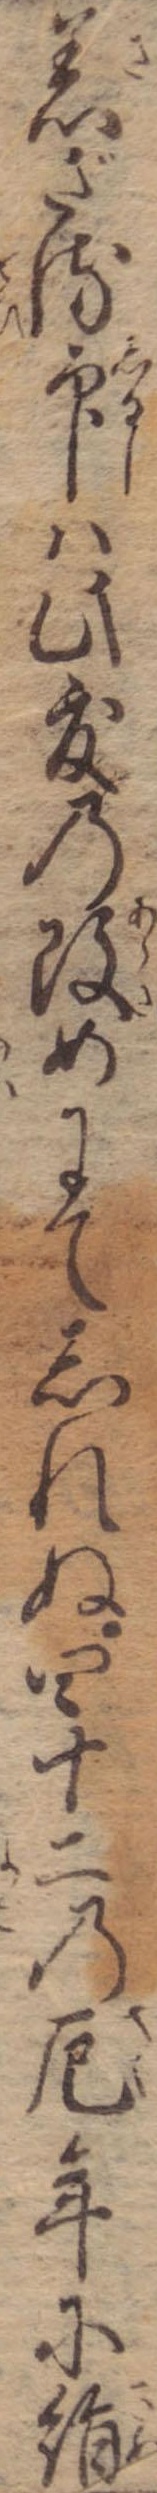
着ざる印は此度の改めにてしれぬ四十二の厄年に絹